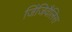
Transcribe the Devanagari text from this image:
जिंजिवैलिस